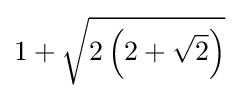
1+{\sqrt {2\left(2+{\sqrt {2}}\right)}}